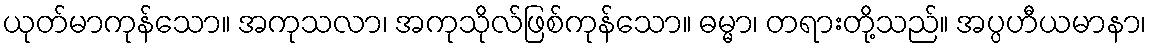
ယုတ်မာကုန်သော။ အကုသလာ၊ အကုသိုလ်ဖြစ်ကုန်သော။ ဓမ္မာ၊ တရားတို့သည်။ အပ္ပဟီယမာနာ၊